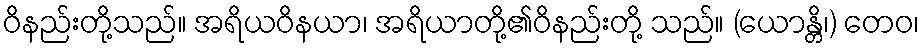
ဝိနည်းတို့သည်။ အရိယဝိနယာ၊ အရိယာတို့၏ဝိနည်းတို့ သည်။ (ယောန္တိ၊) တေဝ၊